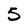
Character: 5